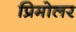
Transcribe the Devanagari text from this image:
प्रिमोलर